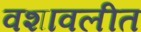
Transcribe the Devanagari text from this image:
वशावलीत